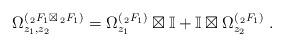
LaTeX: \begin{align*} \Omega^{(\,_2F_1 \boxtimes \,_2F_1)}_{z_1,z_2} = \Omega^{(\,_2F_1)}_{z_1} \boxtimes \mathbb{I} + \mathbb{I} \boxtimes \Omega^{(\,_2F_1)}_{z_2} \;.\end{align*}